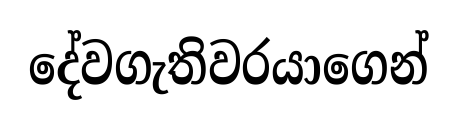
දේවගැතිවරයාගෙන්